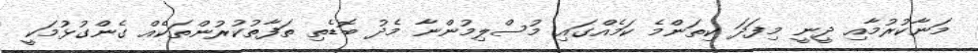
މަނާކުރުމާއި ދީނީ މިފަދަ ކިތަންމެ ކަމެއްގައި މުސްލިމުންނާ މެދު ބޮޑެތި ތަފާތުކުރުންތަކެއް ގެންގުޅުމަކީ